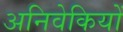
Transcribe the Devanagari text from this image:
अनिवेकियों